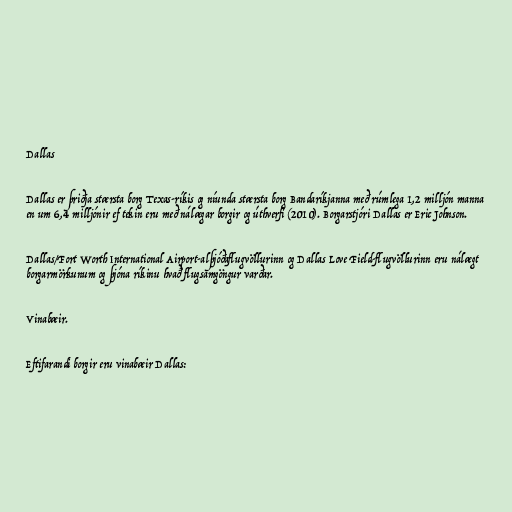
Dallas

Dallas er þriðja stærsta borg Texas-ríkis og níunda stærsta borg Bandaríkjanna með rúmlega 1,2 milljón manna
en um 6,4 milljónir ef tekin eru með nálægar borgir og úthverfi (2010). Borgarstjóri Dallas er Eric Johnson.

Dallas/Fort Worth International Airport-alþjóðaflugvöllurinn og Dallas Love Field-flugvöllurinn eru nálægt
borgarmörkunum og þjóna ríkinu hvað flugsamgöngur varðar.

Vinabæir.

Eftifarandi borgir eru vinabæir Dallas: